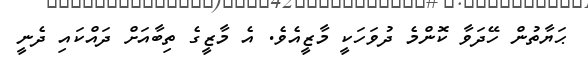
ޙަޔާތުން ހޭދަވާ ކޮންމެ ދުވަހަކީ މާޒީއެވެ. އެ މާޒީގެ ތިބާއަށް ދައްކައި ދެނީ